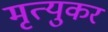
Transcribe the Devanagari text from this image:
मृत्युकर